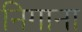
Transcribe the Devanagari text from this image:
निगाना